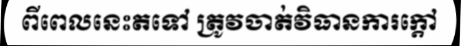
ពីពេលនេះតទៅ ត្រូវចាត់វិធានការក្តៅ